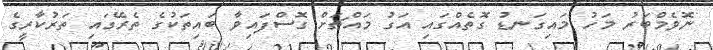
ނޮވެމްބަރު މަހު މައިގަނޑު ގޮތެއްގައި އަގު މައްޗަށް ގޮސްފައިވާ ބައިތަކުގެ ތެރޭގައި ތަރުކާރީގެ